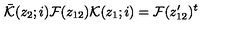
\bar { { \cal K } } ( z _ { 2 } ; i ) { \cal F } ( z _ { 1 2 } ) { \cal K } ( z _ { 1 } ; i ) = { \cal F } ( z _ { 1 2 } ^ { \prime } ) ^ { t }